Vaccination in Bombay 1874-1876 - 1874-1876
Year: 1874
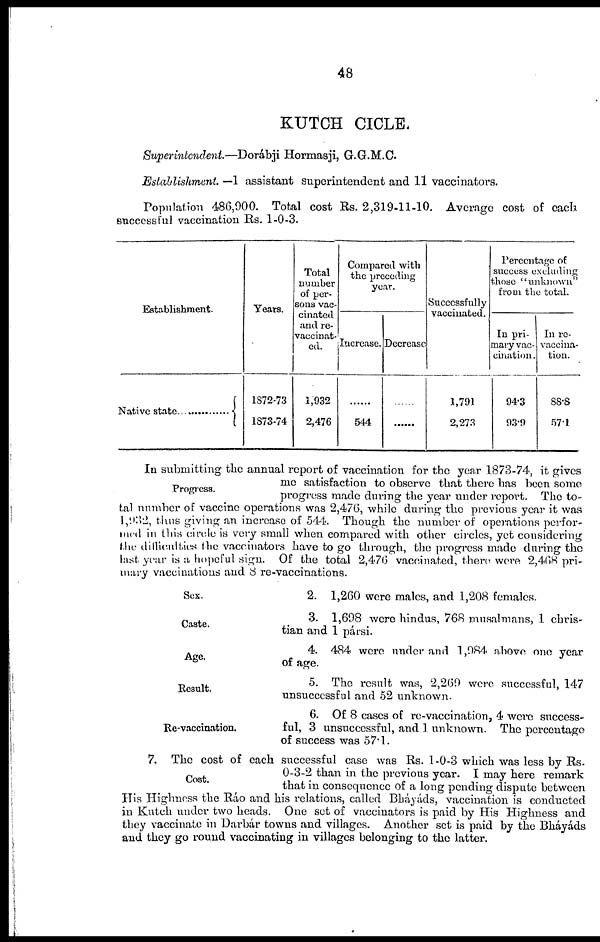
48
KUTCH CICLE.
Superintendent.—Dorábji
Hormasji, G.G.M.C.
Establishment. —1 assistant superintendent and 11 vaccinators.
Population 486,900. Total cost Rs. 2,319-11-10. Average cost of each
successful vaccination Rs. 1-0-3.
Establishment.
Native state...............
Years.
1872-73
1873-74
Total
number
of per-
sons vac-
cinated
and re-
vaccinat-
ed.
1,932
2,476
Compared with
the preceding
year.
Increase.
......
544
Decrease
......
......
Successfully
vaccinated.
1,791
2,273
Percentage of
success excluding
those "unknown"
from the total.
In pri-
mary vac-
cination.
94.3
93.9
In re-
vaccina-
tion.
88.8
57.1
Progress.
In submitting the annual report of vaccination for the year 1873-74, it gives
me satisfaction to observe that there has been some
progress made during the year under report. The to-
tal number of vaccine operations was 2,476, while during the previous year it was
1,932, thus giving an increase of 544. Though the number of operations perfor-
med in this circle is very small when compared with other circles, yet considering
the difficulties the vaccinators have to go through, the progress made during the
last year is a hopeful sign. Of the total 2,476 vaccinated, there were 2,468 pri-
mary vaccinations and 8 re-vaccinations.
Sex.
2. 1,260 were males, and 1,208 females.
Caste.
3. 1,698 were hindus, 768 musalmans, 1 chris-
tian and 1 parsi.
Age.
4. 484 were under and 1,984 above one year
of age.
Result.
5. The result was, 2,269 were successful, 147
unsuccessful and 52 unknown.
Re-vaccination.
6. Of 8 cases of re-vaccination, 4 were success-
ful, 3 unsuccessful, and 1 unknown. The percentage
of success was 57.1.
Cost.
7. The cost of each successful case was Rs. 1-0-3 which was less by Rs.
0-3-2 than in the previous year. I may here remark
that in consequence of a long pending dispute between
His Highness the Ráo and his relations, called Bháyáds, vaccination is conducted
in Kutch under two heads. One set of vaccinators is paid by His Highness and
they vaccinate in Darbár towns and villages. Another set is paid by the Bháyáds
and they go round vaccinating in villages belonging to the latter.